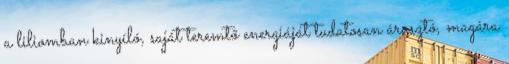
a liliomban kinyíló, saját teremtő energiáját tudatosan árasztó, magára